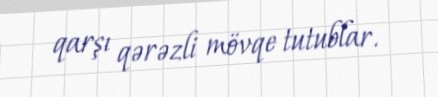
qarşı qərəzli mövqe tutublar.